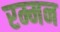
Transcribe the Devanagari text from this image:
रम्मन